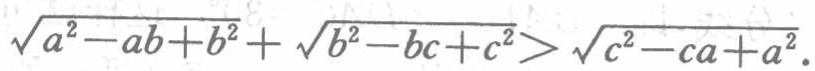
\(\sqrt{a^{2}-ab + b^{2}}+\sqrt{b^{2}-bc + c^{2}}>\sqrt{c^{2}-ca + a^{2}}\)